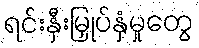
ရင်းနှီးမြှုပ်နှံမှုတွေ